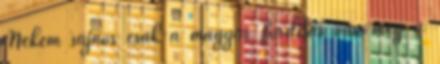
Nekem sajnos csak a magyar fordítás van meg a